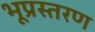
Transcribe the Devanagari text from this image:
भूप्रस्तरण